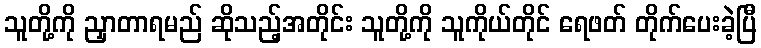
သူတို့ကို ညှာတာရမည် ဆိုသည့်အတိုင်း သူတို့ကို သူကိုယ်တိုင် ရေဖတ် တိုက်ပေးခဲ့ပြီ